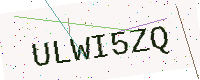
Text: ULWI5ZQ